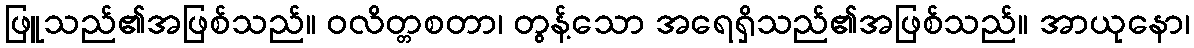
ဖြူသည်၏အဖြစ်သည်။ ဝလိတ္တစတာ၊ တွန့်သော အရေရှိသည်၏အဖြစ်သည်။ အာယုနော၊